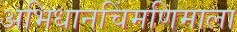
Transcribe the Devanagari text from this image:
अभिधानचिंमणिमाला